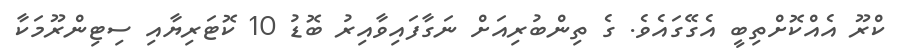
ކްރޫ އެއްކޮށްތިބީ އެގޭގައެވެ. ގެ ތިންބުރިއަށް ނަގާފައިވާއިރު ބޮޑު 10 ކޮޓަރިޔާއި ސިޓިންރޫމަކާ